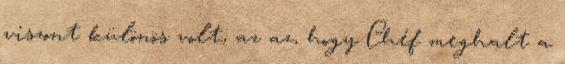
viszont különös volt, az az, hogy Chéf meghalt a